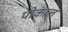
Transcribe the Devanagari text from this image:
पोकाल